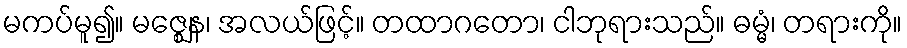
မကပ်မူ၍။ မဇ္ဈေန၊ အလယ်ဖြင့်။ တထာဂတော၊ ငါဘုရားသည်။ ဓမ္မံ၊ တရားကို။